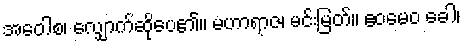
အဝေါစ၊ လျှောက်ဆိုပေ၏။ မဟာရာဇ၊ မင်းမြတ်။ ဧဝမေဝ ခေါ၊